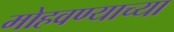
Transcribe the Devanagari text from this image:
मोहवण्याच्या